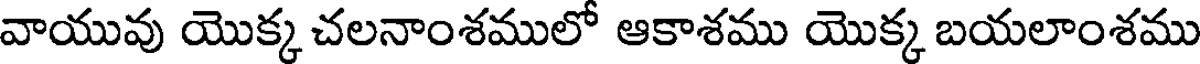
వాయువు యొక్క చలనాంశములో ఆకాశము యొక్క బయలాంశము